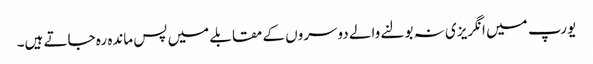
یورپ میں انگریزی نہ بولنے والے دوسروں کے مقابلے میں پس ماندہ رہ جاتے ہیں۔